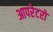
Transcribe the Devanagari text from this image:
आपरेटरों